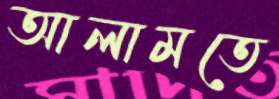
আলামতে